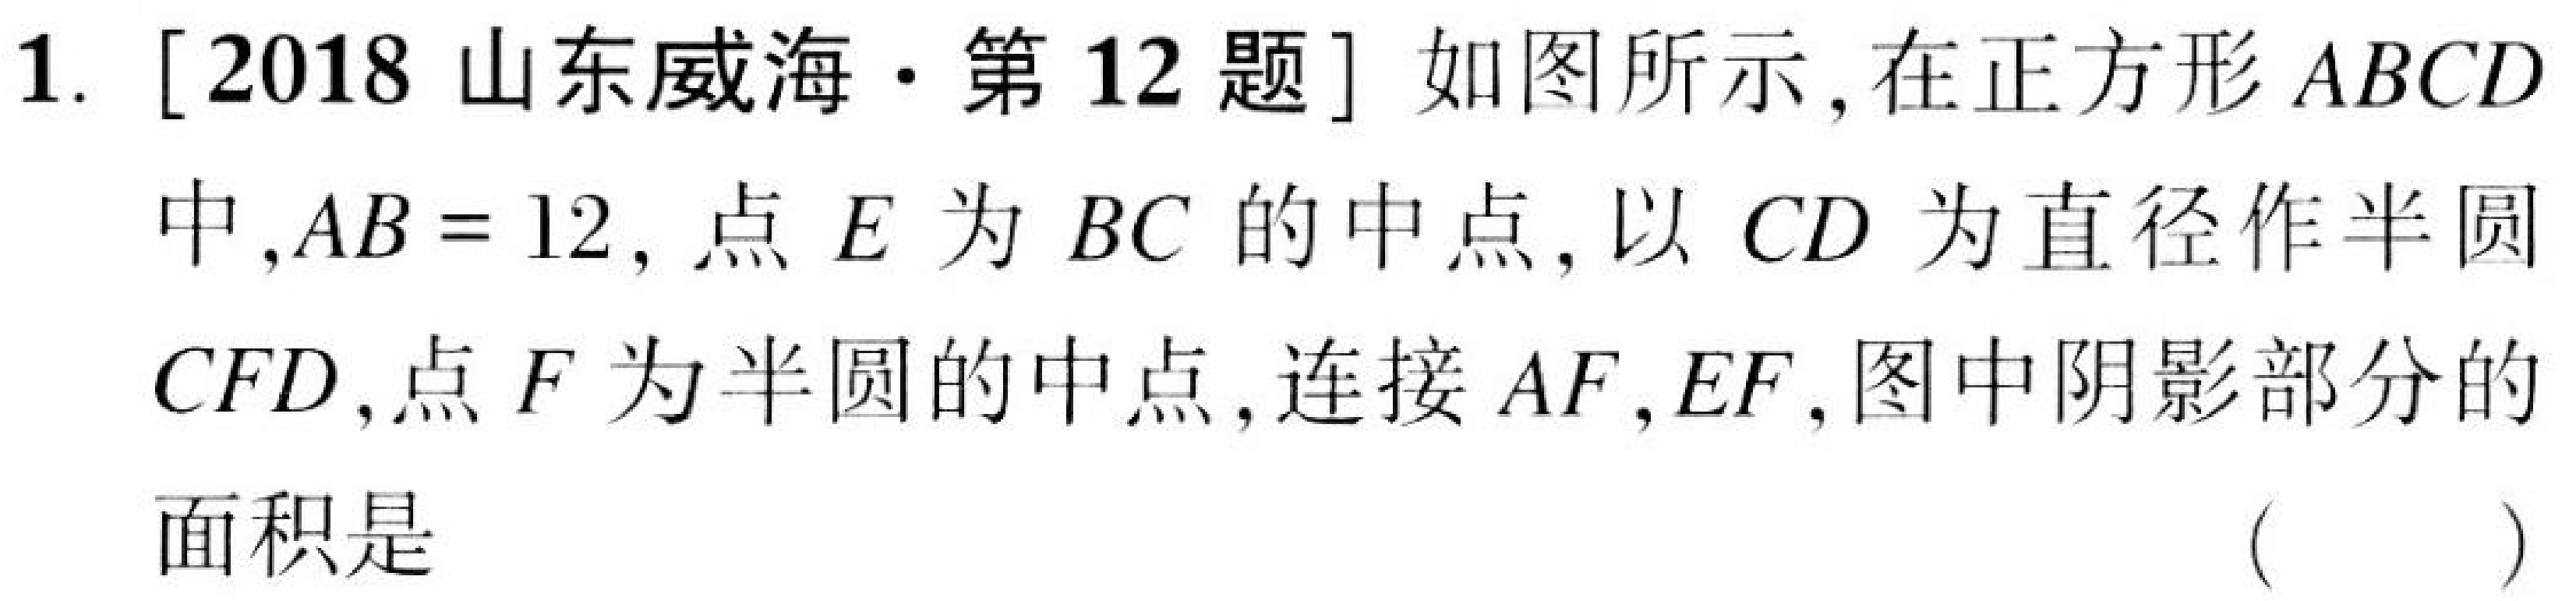
1. [2018 山东威海·第 12 题] 如图所示，在正方形 \(ABCD\) 中，\(AB = 12\)，点 \(E\) 为 \(BC\) 的中点，以 \(CD\) 为直径作半圆 \(CFD\)，点 \(F\) 为半圆的中点，连接 \(AF\)，\(EF\)，图中阴影部分的面积是 （  ）